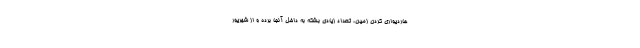
هاردیواری کردن زمین، تعداد زیادی بشکه به داخل آنجا برده و از شهریور